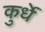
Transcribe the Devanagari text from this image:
कुर्धे